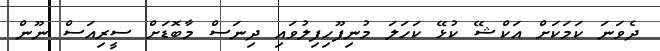
ދެވަނަ ކަމަކަށް އަކްޝޭ ކުޅޭ ކަހަލަ މުނިފޫހިފިލުވައި ދިނަސް މާބޮޑަށް ސީރިއަސް ނޫން